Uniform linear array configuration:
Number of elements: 64
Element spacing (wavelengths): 0.75
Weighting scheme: exponential
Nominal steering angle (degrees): -45
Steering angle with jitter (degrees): -43.222
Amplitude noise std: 0.05
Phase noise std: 0.05

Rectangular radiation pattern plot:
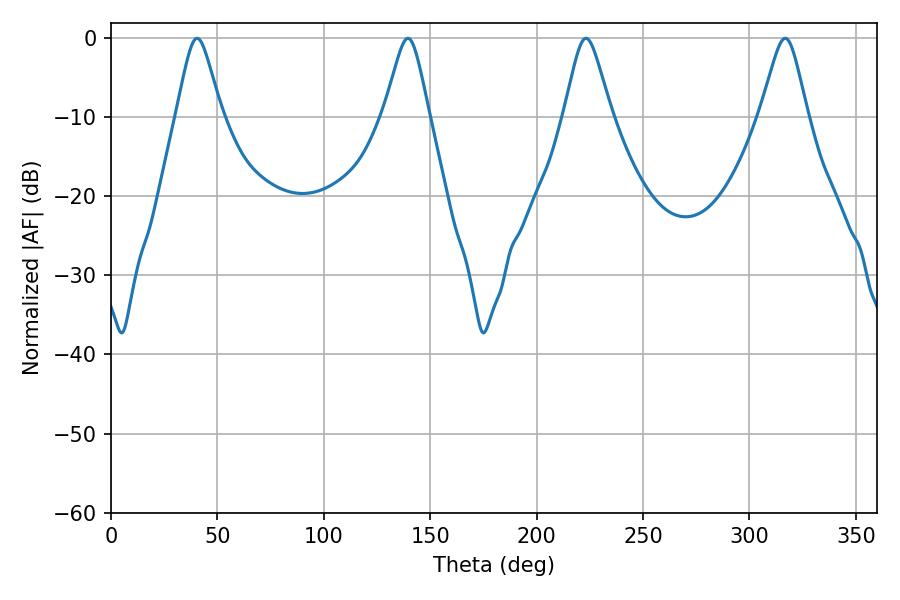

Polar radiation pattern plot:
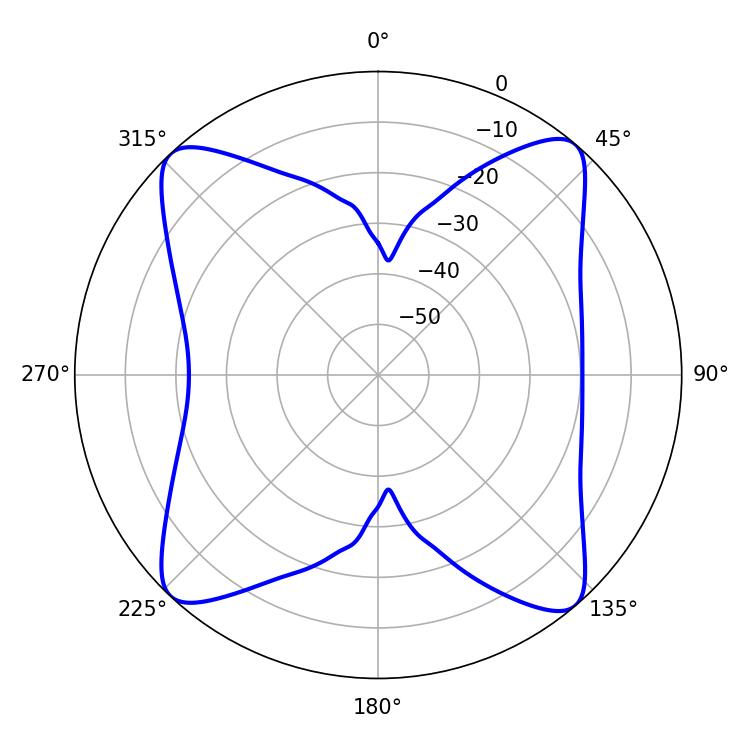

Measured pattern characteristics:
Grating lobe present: TRUE
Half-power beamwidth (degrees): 10.62
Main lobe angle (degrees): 316.8